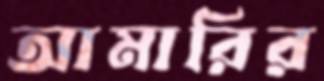
আমারির